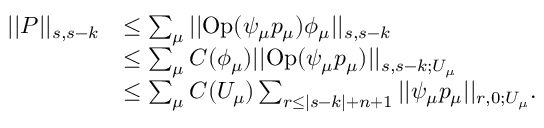
\begin{array} { r l } { | | P | | _ { s , s - k } } & { \leq \sum _ { \mu } | | \mathrm { O p } ( \psi _ { \mu } p _ { \mu } ) \phi _ { \mu } | | _ { s , s - k } } \\ & { \leq \sum _ { \mu } C ( \phi _ { \mu } ) | | \mathrm { O p } ( \psi _ { \mu } p _ { \mu } ) | | _ { s , s - k ; U _ { \mu } } } \\ & { \leq \sum _ { \mu } C ( U _ { \mu } ) \sum _ { r \leq | s - k | + n + 1 } | | \psi _ { \mu } p _ { \mu } | | _ { r , 0 ; U _ { \mu } } . } \end{array}